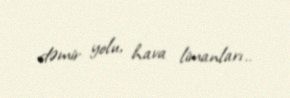
dəmir yolu, hava limanları..